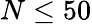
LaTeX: N\leq 50